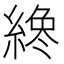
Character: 𦂯